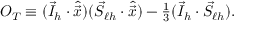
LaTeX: { \cal O } _ { T } \equiv ( \vec { I } _ { h } \cdot \hat { \vec { x } } ) ( \vec { S } _ { \ell h } \cdot \hat { \vec { x } } ) - \textstyle \frac 1 3 ( \vec { I } _ { h } \cdot \vec { S } _ { \ell h } ) .